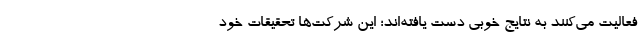
فعالیت می‌کنند به نتایج خوبی دست یافته‌اند؛ این شرکت‌ها تحقیقات خود